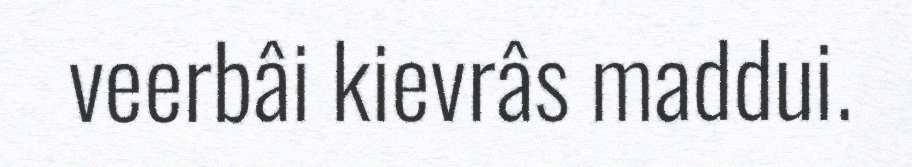
veerbâi kievrâs maddui.